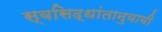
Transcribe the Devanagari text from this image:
स्वसिद्धांतानुयायी